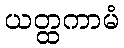
ယတ္ထကာမံ